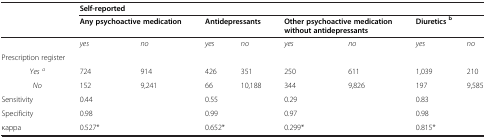
<table><thead><tr><td rowspan="2"><b> </b></td><td colspan="2"><b>Self-reported</b></td><td colspan="2"><b> </b></td><td colspan="2"><b> </b></td><td colspan="2"><b> </b></td></tr><tr><td colspan="2"><b>Any psychoactive medication</b></td><td colspan="2"><b>Antidepressants</b></td><td colspan="2"><b>Other psychoactive medication without antidepressants</b></td><td><b>Diuretics <sup>b</sup></b></td><td><b> </b></td></tr></thead><tbody><tr><td> </td><td><i>yes</i></td><td><i>no</i></td><td><i>yes</i></td><td><i>no</i></td><td><i>yes</i></td><td><i>no</i></td><td><i>yes</i></td><td><i>no</i></td></tr><tr><td>Prescription register</td><td> </td><td> </td><td> </td><td> </td><td> </td><td> </td><td> </td><td> </td></tr><tr><td> <i>Yes</i><sup><i>a</i></sup></td><td>724</td><td>914</td><td>426</td><td>351</td><td>250</td><td>611</td><td>1,039</td><td>210</td></tr><tr><td> <i>No</i></td><td>152</td><td>9,241</td><td>66</td><td>10,188</td><td>344</td><td>9,826</td><td>197</td><td>9,585</td></tr><tr><td>Sensitivity</td><td>0.44</td><td> </td><td>0.55</td><td> </td><td>0.29</td><td> </td><td>0.83</td><td> </td></tr><tr><td>Specificity</td><td>0.98</td><td> </td><td>0.99</td><td> </td><td>0.97</td><td> </td><td>0.98</td><td> </td></tr><tr><td>κappa</td><td colspan="2">0.527*</td><td colspan="2">0.652*</td><td colspan="2">0.299*</td><td colspan="2">0.815*</td></tr></tbody></table>